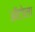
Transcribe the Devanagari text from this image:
ऑटोला